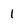
Character: 1